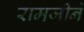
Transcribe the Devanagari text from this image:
रामजीने